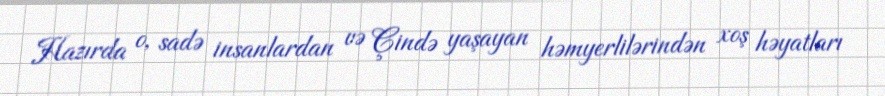
Hazırda o, sadə insanlardan və Çində yaşayan həmyerlilərindən xoş həyatları